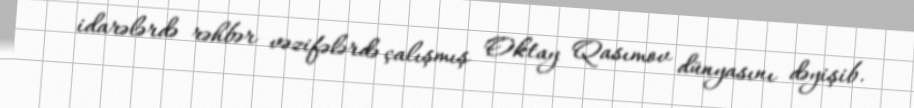
idarələrdə rəhbər vəzifələrdə çalışmış Oktay Qasımov dünyasını dəyişib.